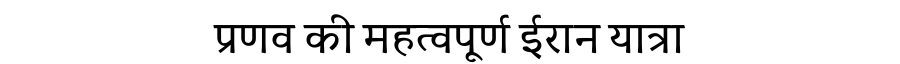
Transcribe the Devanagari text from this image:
प्रणव की महत्वपूर्ण ईरान यात्रा